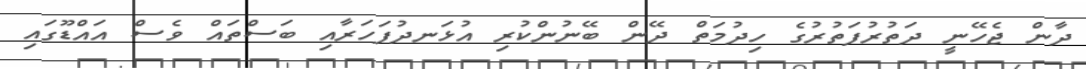
ދާން ޖެހޭނީ ދަތުރުފަތުރުގެ ހިދުމަތް ދޭން ބޭނުންކުރި އުޅަނދުފަހަރާއި ބަސްތައް ވެސް އައްޑޫގައި